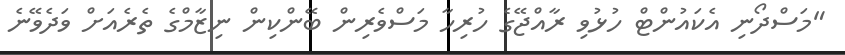
"މަސްދޯނި އެކައުންޓް ހުޅުވި ރާއްޖޭގެ ހުރިހާ މަސްވެރިން ބޭންކިން ނިޒާމްގެ ތެރެއަށް ވަދެވޭނެ